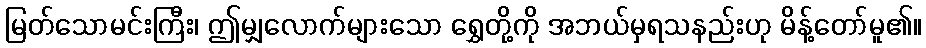
မြတ်သောမင်းကြီး၊ ဤမျှလောက်များသော ရွှေတို့ကို အဘယ်မှရသနည်းဟု မိန့်တော်မူ၏။